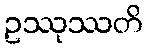
ဥဿုဿတိ